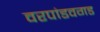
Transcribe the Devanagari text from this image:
वरपांडवगड